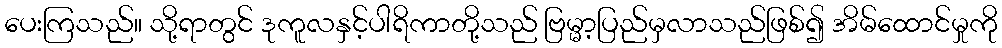
ပေးကြသည်။ သို့ရာတွင် ဒုကူလနှင့်ပါရိကာတို့သည် ဗြမ္မာ့ပြည်မှလာသည်ဖြစ်၍ အိမ်ထောင်မှုကို